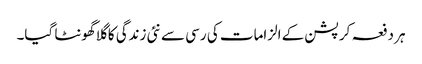
ہر دفعہ کرپشن کے الزامات کی رسی سے نئی زندگی کا گلا گھونٹا گیا۔